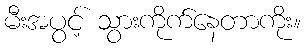
မီးအပွင့် သွားကိုက်နေတာကိုး။